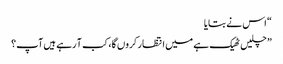
“ اس نے بتایا
” چلیں ٹھیک ہے میں انتظار کروں گا، کب آ رہے ہیں آپ؟